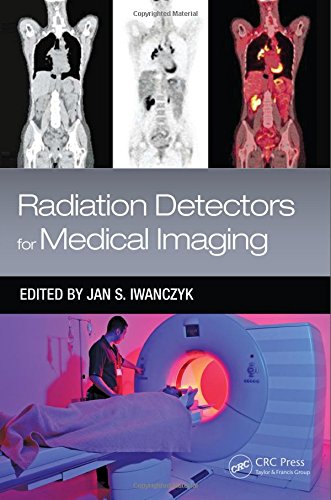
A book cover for Radiation Detectors for Medical Imaging (Devices, Circuits, and Systems); Engineering & Transportation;